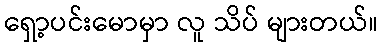
ရှော့ပင်းမောမှာ လူ သိပ် များတယ်။